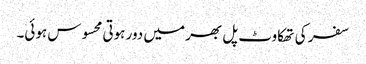
سفر کی تھکاوٹ پل بھر میں دور ہوتی محسوس ہوئی۔